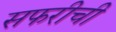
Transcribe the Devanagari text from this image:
सफरीची